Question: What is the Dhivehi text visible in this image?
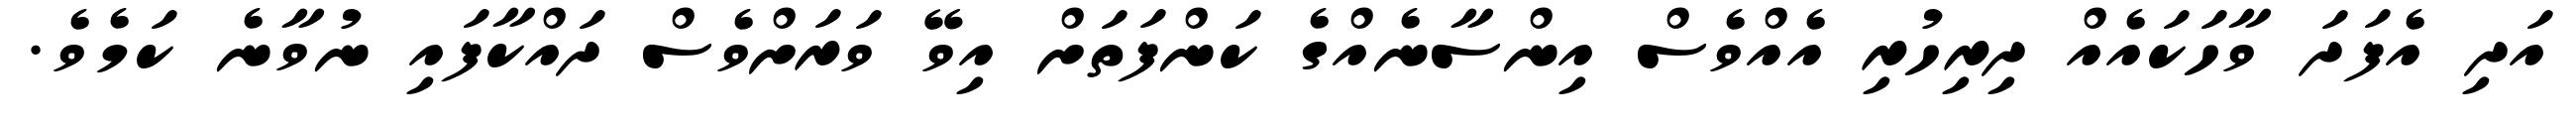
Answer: އަދި އެފަދަ ވާހަކައެއް ދިރިހުރި އެއްވެސް އިންސާނެއްގެ ކަންފަތަށް އިވޭ ވަރަށްވެސް ދައްކާފައި ނުވާނެ ކަމެވެ.